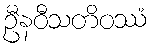
ဦနဝီသတိဝဿံ